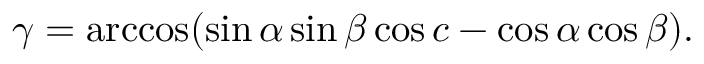
\gamma = \operatorname { a r c c o s } ( \sin \alpha \sin \beta \cos c - \cos \alpha \cos \beta ) .